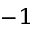
^ { - 1 }